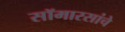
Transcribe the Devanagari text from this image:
सॉमारसांचे